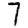
Digit: 7